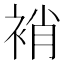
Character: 䘯